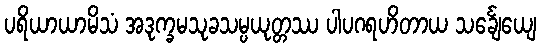
ပရိယာယာမိသံ အဒုက္ခမသုခသမ္ပယုတ္တဿ ပါပဂရဟိတာယ သင်္ချေယျေ